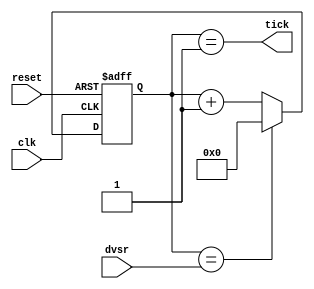
/* Module: baud_gen
   Description: Baud rate generator
   Inputs: clk - Clock signal; reset - Reset signal; dvsr - Divider value
   Outputs: tick - Tick output signal
*/
module baud_gen (
    input        clk,
    input        reset,
    input [10:0] dvsr,
    output       tick
);

    // Signal declaration
    reg  [10:0] r_reg;
    wire [10:0] r_next;

    // Register
   always @(posedge clk , negedge reset) begin
      if (~reset)
            r_reg <= 11'b00000000000;
      else
            r_reg <= r_next;
    end

    // Next-state logic
    assign r_next = (r_reg == dvsr) ? 11'b00000000000 : r_reg + 1;

    // Output logic
    assign tick = (r_reg == 1);

endmodule